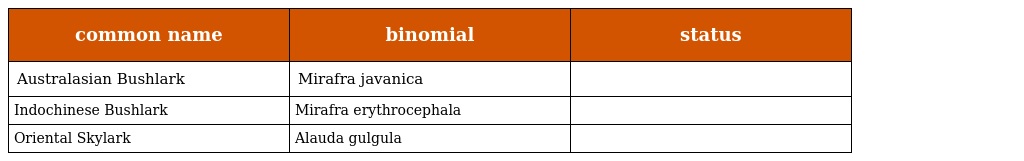
| common name | binomial | status |
 | --- | --- | --- |
 | Australasian Bushlark | Mirafra javanica |  |
 | Indochinese Bushlark | Mirafra erythrocephala |  |
 | Oriental Skylark | Alauda gulgula |  |